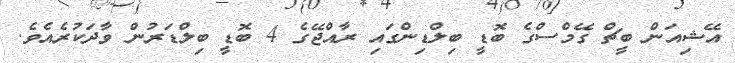
އޭޝިއަން ބީޗް ގޭމްސްގެ ބޮޑީ ބިލްޑިންގައި ރާއްޖޭގެ 4 ބޮޑީ ބިލްޑަރުން ވާދަކުރެއެވެ.